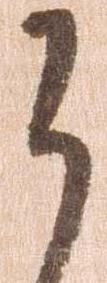
謹